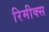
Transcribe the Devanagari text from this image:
रिमीक्स